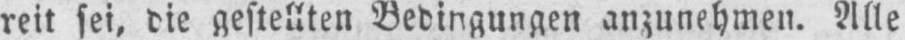
reit sei, die gestellten Bedingungen anzunehmen. Alle